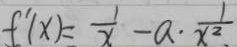
f ^ { \prime } ( x ) = \frac { 1 } { x } - a \cdot \frac { 1 } { x ^ { 2 } _ { \cdot } }